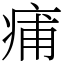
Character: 痡